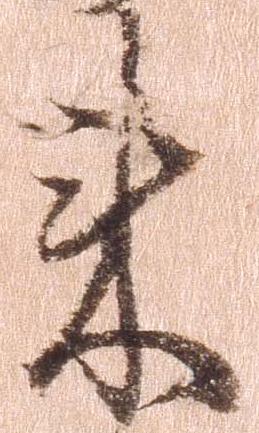
来